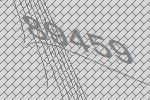
89459